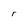
Character: r